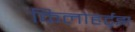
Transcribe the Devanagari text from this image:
किलोहर्ट्‌झ